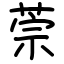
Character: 萗